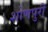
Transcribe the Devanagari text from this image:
शोणपुरी